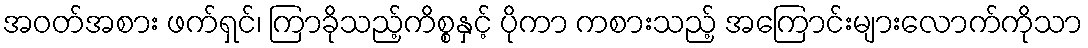
အဝတ်အစား ဖက်ရှင်၊ ကြာခိုသည့်ကိစ္စနှင့် ပိုကာ ကစားသည့် အကြောင်းများလောက်ကိုသာ